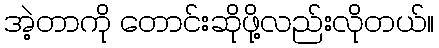
အဲ့တာကို တောင်းဆိုဖို့လည်းလိုတယ်။